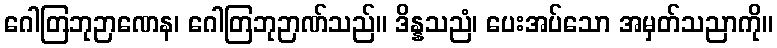
ဂေါတြဘုဉာဏေန၊ ဂေါတြဘုဉာဏ်သည်။ ဒိန္နသညံ၊ ပေးအပ်သော အမှတ်သညာကို။